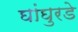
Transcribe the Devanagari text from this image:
घांघुरडे